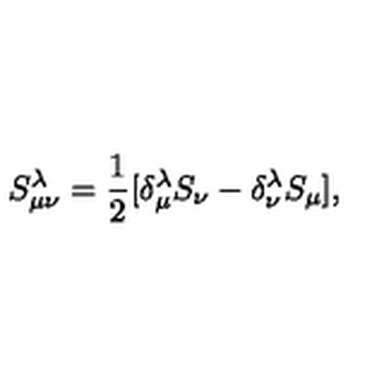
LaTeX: S _ { \mu \nu } ^ { \lambda } = \frac { 1 } { 2 } [ \delta _ { \mu } ^ { \lambda } S _ { \nu } - \delta _ { \nu } ^ { \lambda } S _ { \mu } ] ,